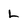
Character: L